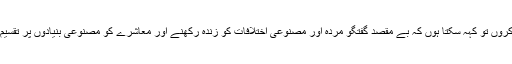
اگر میں اب تک کی گفتگو کا خلاصہ کروں تو کہہ سکتا ہوں کہ بے مقصد گفتگو مردہ اور مصنوعی اختلافات کو زندہ رکھنے اور معاشرے کو مصنوعی بنیادوں پر تقسیم کرنے کے مقاصد کو پورا کرتی ہے۔